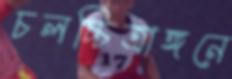
চলচ্চিত্রাঙ্গনে